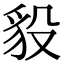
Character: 䝘